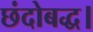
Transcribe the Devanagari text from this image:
छंदोबद्ध।